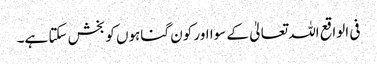
فی الواقع اللہ تعالیٰ کے سوا اور کون گناہوں کو بخش سکتا ہے۔